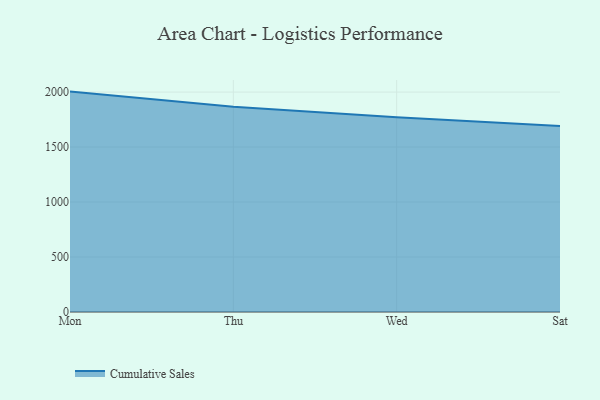
{"axis": {"x": "Day", "y": "Tickets Resolved"}, "legend": ["Cumulative Sales"], "data": [{"x": "Mon", "y": 2004.1, "type": "Cumulative Sales"}, {"x": "Thu", "y": 1866.0, "type": "Cumulative Sales"}, {"x": "Wed", "y": 1769.8, "type": "Cumulative Sales"}, {"x": "Sat", "y": 1690.9, "type": "Cumulative Sales"}]}